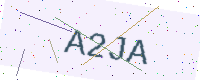
Text: A2JA